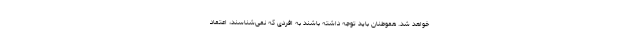
خواهد شد. هموطنان باید توجه داشته باشند به افردی که نمی‌شناسند، اعتماد